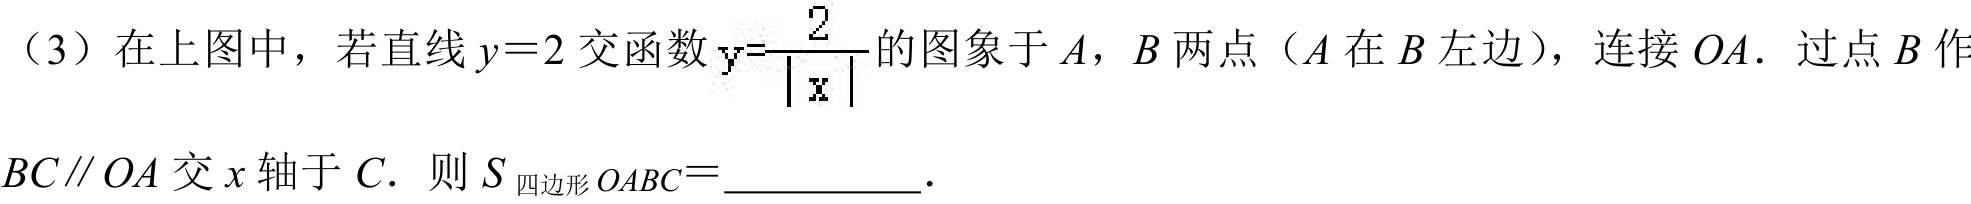
（3）在上图中，若直线\(y = 2\)交函数\(y=\dfrac{2}{\vert x\vert}\)的图象于\(A\)，\(B\)两点（\(A\)在\(B\)左边），连接\(OA\). 过点\(B\)作\(BC\parallel OA\)交\(x\)轴于\(C\). 则\(S_{四边形OABC}=\)__________.